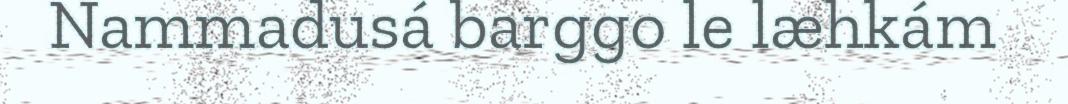
Nammadusá barggo le læhkám